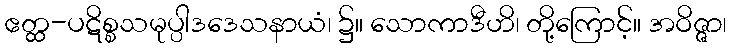
ဧတ္ထ-ပဋိစ္စသမုပ္ပါဒဒေသနာယံ၊ ၌။ သောကာဒီဟိ၊ တို့ကြောင့်။ အဝိဇ္ဇာ၊